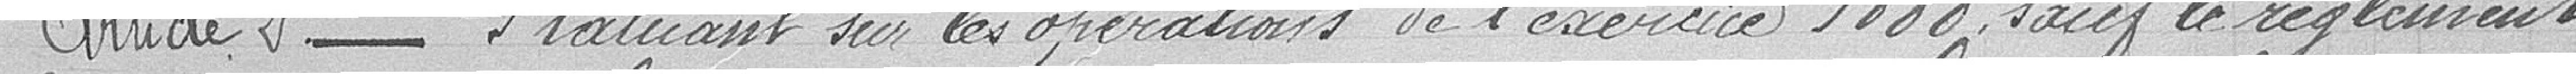
Article 2 : Statuant sur les opérations de l'exercice 1888, sauf le règlement